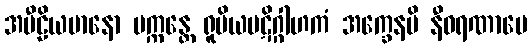
အပီဠိယမာနော ပက္ကန္တေ ရူပိယပဋိဂ္ဂါဟကံ အက္ခေနပိ နီဝရဏာပေ